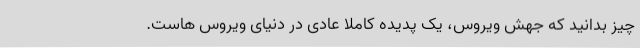
چیز بدانید که جهش ویروس، یک پدیده کاملاً عادی در دنیای ویروس هاست.